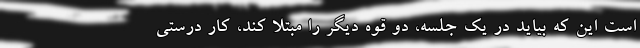
است این که بیاید در یک جلسه، دو قوه دیگر را مبتلا کند، کار درستی